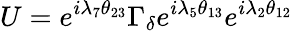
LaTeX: U=e^{i\lambda_{7}\theta_{23}}\Gamma_{\delta}e^{i\lambda_{5}\theta_{13}}e^{i\lambda_{2}\theta_{12}}